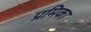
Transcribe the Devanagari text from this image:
प्रमिका